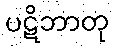
ပဋိဘာတု